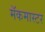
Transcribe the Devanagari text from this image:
मॅकमास्टर